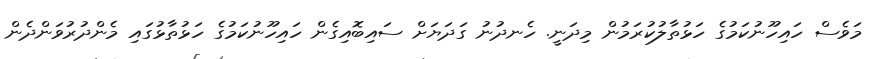
މަވެސް ހައިހޫނުކަމުގެ ހަޅުތާލުކުރަމުން މިދަނީ. ހެނދުނު ގަދަޔަށް ސައިބޮއިގެން ހައިހޫނުކަމުގެ ހަޅުތާޅުގައި މެންދުރުވަންދެން